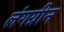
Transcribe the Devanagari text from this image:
लंगग्रीन